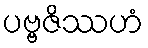
ပဗ္ဗဇိဿဟံ